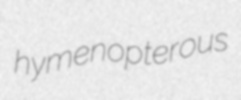
hymenopterous